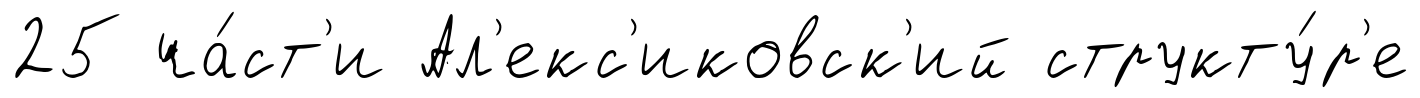
25 ча́ст'и Ал'екс'иковск'ий структу́р'е